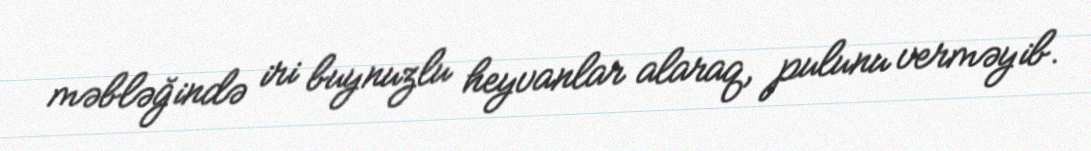
məbləğində iri buynuzlu heyvanlar alaraq, pulunu verməyib.